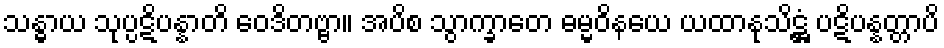
သန္ဓာယ သုပ္ပဋိပန္နာတိ ဝေဒိတဗ္ဗာ။ အပိစ သွာက္ခာတေ ဓမ္မဝိနယေ ယထာနုသိဋ္ဌံ ပဋိပန္နတ္တာပိ